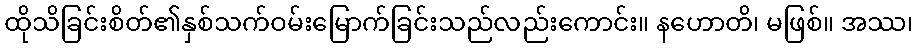
ထိုသိခြင်းစိတ်၏နှစ်သက်ဝမ်းမြောက်ခြင်းသည်လည်းကောင်း။ နဟောတိ၊ မဖြစ်။ အဿ၊